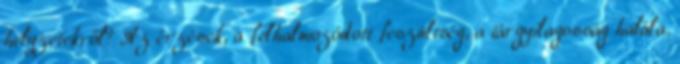
helyzetekről? Az érzések, a felhalmozódott feszültség, a tárgyilagosság halála.